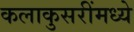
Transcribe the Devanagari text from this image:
कलाकुसरींमध्ये